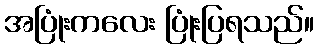
အပြုံးကလေး ပြုံးပြရသည်။